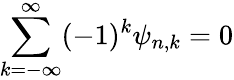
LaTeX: \sum_{k=-\infty}^{\infty}(-1)^{k}\psi_{n,k}=0